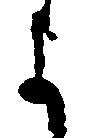
よ